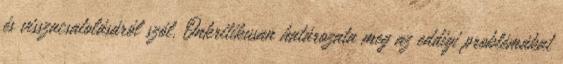
és visszacsatolásáról szól. Önkritikusan határozata meg az eddigi problémákat